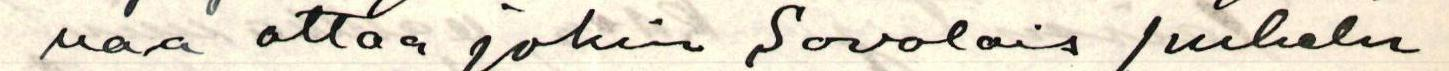
vaa ottaa jokin Savolais puhelu